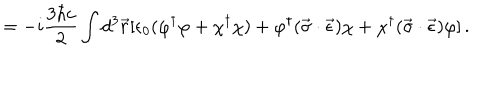
= - i \frac { 3 \hbar c } { 2 } \int d ^ { 3 } \vec { r } [ \epsilon _ { 0 } ( \varphi ^ { \dagger } \varphi + \chi ^ { \dagger } \chi ) + \varphi ^ { \dagger } ( \vec { \sigma } \cdot \vec { \epsilon } ) \chi + \chi ^ { \dagger } ( \vec { \sigma } \cdot \vec { \epsilon } ) \varphi ] \, { . }